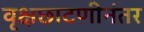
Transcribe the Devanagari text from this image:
वृक्षछाटणीनंतर